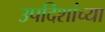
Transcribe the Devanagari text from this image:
उपदिशांच्या